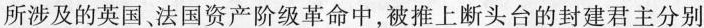
所涉及的英国、法国资产阶级革命中，被推上断头台的封建君主分别